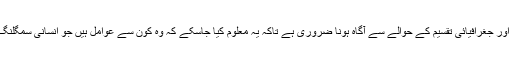
مگر اس سے پہلے دنیا کی معاشی اور جغرافیائی تقسیم کے حوالے سے آگاہ ہونا ضروری ہے تاکہ یہ معلوم کیا جاسکے کہ وہ کون سے عوامل ہیں جو انسانی سمگلنگ کے فروغ کا باعث بن رہے ہیں ۔